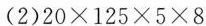
(2)20×125×5×8